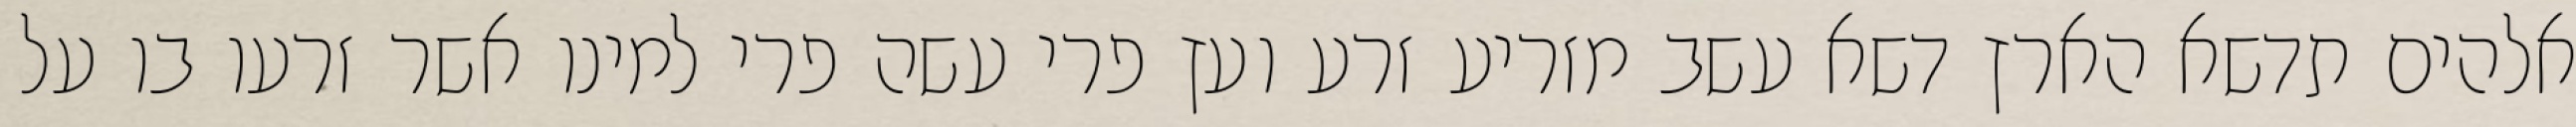
אלהים תדשא הארץ דשא עשב מזריע זרע ועץ פרי עשה פרי למינו אשר זרעו בו על